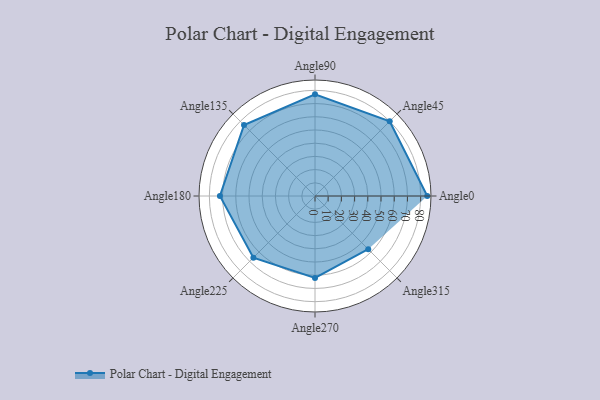
{"axis": {"x": "Angle", "y": "Radius"}, "legend": [""], "data": [{"x": "Angle0", "y": 85.0, "type": ""}, {"x": "Angle45", "y": 80.0, "type": ""}, {"x": "Angle90", "y": 77.0, "type": ""}, {"x": "Angle135", "y": 76.0, "type": ""}, {"x": "Angle180", "y": 72.0, "type": ""}, {"x": "Angle225", "y": 66.0, "type": ""}, {"x": "Angle270", "y": 62.0, "type": ""}, {"x": "Angle315", "y": 57.0, "type": ""}]}